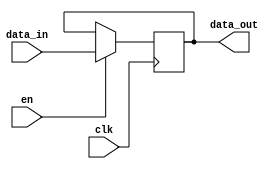
module gated_latch (
    input clk, // clock signal
    input en, // enable signal
    input data_in, // input data
    output reg data_out // output data
);

always @(posedge clk) begin
    if (en) begin
        data_out <= data_in; // latch input data when enable signal is high
    end
end

endmodule